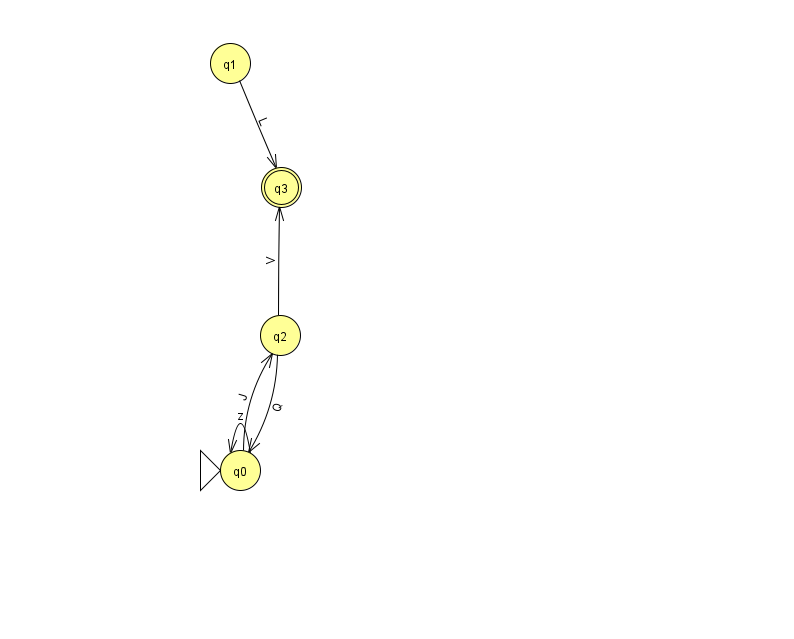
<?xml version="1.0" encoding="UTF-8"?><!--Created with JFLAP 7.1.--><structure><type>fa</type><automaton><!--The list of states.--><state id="0" name="q0"><x>240.0</x><y>457.0</y><initial/></state><state id="1" name="q1"><x>230.0</x><y>50.0</y></state><state id="2" name="q2"><x>280.0</x><y>322.0</y></state><state id="3" name="q3"><x>281.0</x><y>174.0</y><final/></state><!--The list of transitions.--><transition><from>2</from><to>0</to><read>Q</read></transition><transition><from>0</from><to>0</to><read>z</read></transition><transition><from>0</from><to>2</to><read>J</read></transition><transition><from>1</from><to>3</to><read>L</read></transition><transition><from>2</from><to>3</to><read>V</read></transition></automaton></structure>